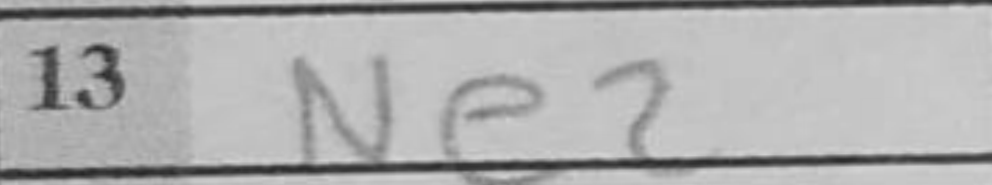
Transcription: Ne2